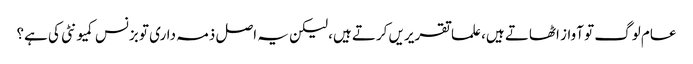
عام لوگ تو آواز اٹھاتے ہیں، علما تقریریں کرتے ہیں، لیکن یہ اصل ذمہ داری تو بزنس کمیونٹی کی ہے؟